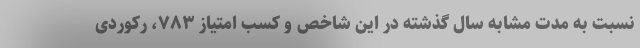
نسبت به مدت مشابه سال گذشته در این شاخص و کسب امتیاز ۷۸۳، رکوردی